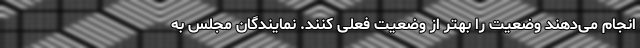
انجام می‌دهند وضعیت را بهتر از وضعیت فعلی کنند. نمایندگان مجلس به